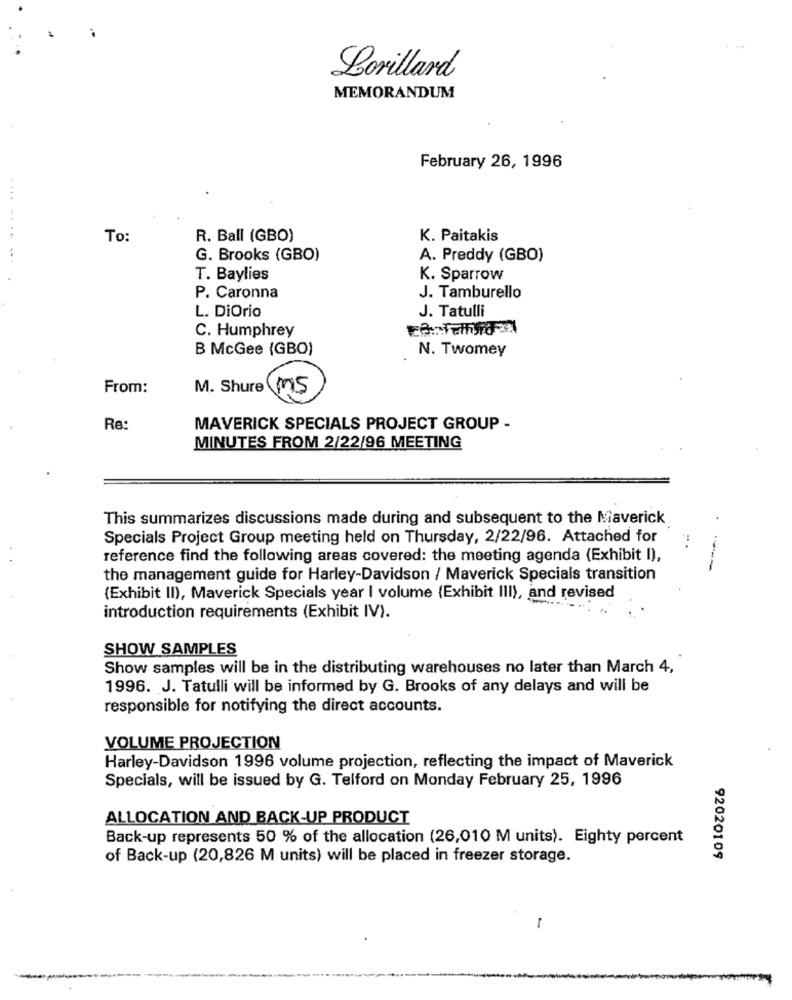
Lorillard
MEMORANDUM
February 26, 1996
....
To:
R. Ball (GBO)
K. Paitakis
G. Brooks (GBO)
A. Preddy (GBO)
T. Baylies
K. Sparrow
P. Caronna
J. Tamburello
J. Tatulli
L. DiOrio
C. Humphrey
B McGee (GBO)
N. Twomey
From:
M. Shure Ms
Re:
MAVERICK SPECIALS PROJECT GROUP -
MINUTES FROM 2/22/96 MEETING
This summarizes discussions made during and subsequent to the Maverick
Specials Project Group meeting held on Thursday, 2/22/96. Attached for
reference find the following areas covered: the meeting agenda (Exhibit I),
the management guide for Harley-Davidson / Maverick Specials transition
(Exhibit II), Maverick Specials year I volume (Exhibit III), and revised
introduction requirements (Exhibit IV).
SHOW SAMPLES
Show samples will be in the distributing warehouses no later than March 4,
1996. J. Tatulli will be informed by G. Brooks of any delays and will be
responsible for notifying the direct accounts.
VOLUME PROJECTION
Harley-Davidson 1996 volume projection, reflecting the impact of Maverick
Specials, will be issued by G. Telford on Monday February 25, 1996
ALLOCATION AND BACK-UP PRODUCT
Back-up represents 50 % of the allocation (26,010 M units). Eighty percent
of Back-up (20,826 M units) will be placed in freezer storage.
92020109
-